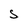
Character: S